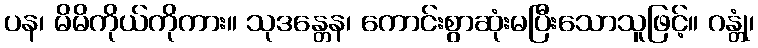
ပန၊ မိမိကိုယ်ကိုကား။ သုဒန္တေန၊ ကောင်းစွာဆုံးမပြီးသောသူဖြင့်။ ဂန္တုံ၊